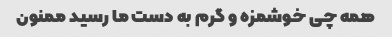
همه چی خوشمزه و گرم به دست ما رسید ممنون